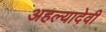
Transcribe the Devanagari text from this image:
अहल्यादेवी